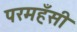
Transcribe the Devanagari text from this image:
परमहँसी